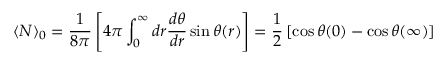
\langle N \rangle _ { 0 } = \frac { 1 } { 8 \pi } \left[ 4 \pi \int _ { 0 } ^ { \infty } d r \frac { d \theta } { d r } \sin \theta ( r ) \right] = \frac { 1 } { 2 } \left[ \cos \theta ( 0 ) - \cos \theta ( \infty ) \right]